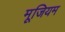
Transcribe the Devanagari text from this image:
मूजियम